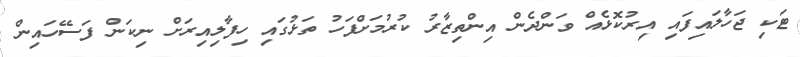
ޓަކި ޖަހާލައިފައި އިރުކޮޅެއް ވަންދެން އިންތިޒާރު ކުރުމަށްފަހު ތަޅުގައި ހިފާލިއިރަށް ނިކަން ފަސޭހައިން